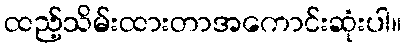
ထည့်သိမ်းထားတာအကောင်းဆုံးပါ။